Annual report of the Imperial Bacteriologist
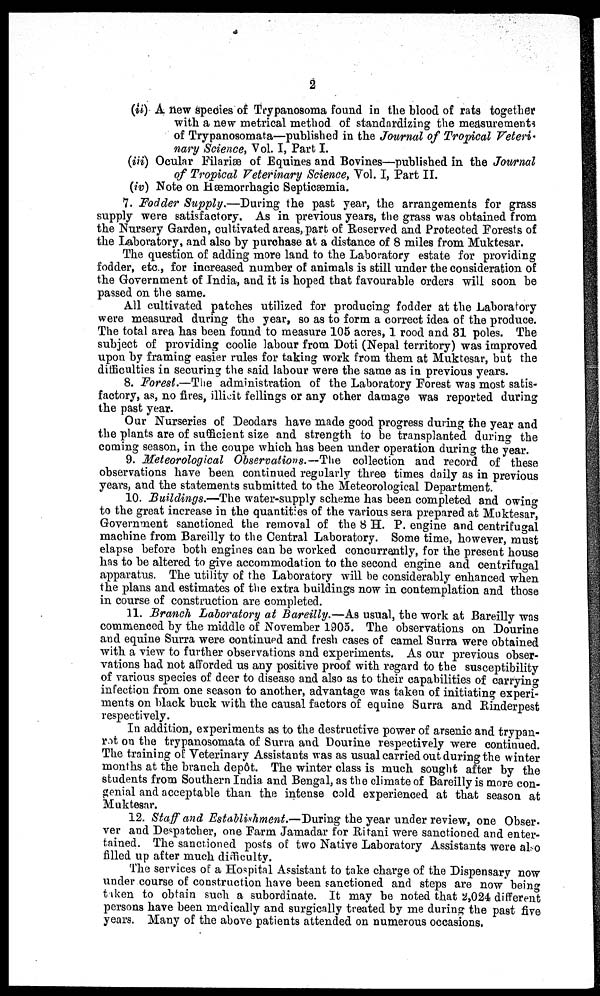
2
(ii) A new species of Trypanosoma found in the blood of rats together
with a new metrical method of standardizing the measurements
of Trypanosomata—published in the Journal of Tropical Veteri.
nary Science, Vol. I, Part I.
(iii) Ocular Filariæ of Equines and Bovines—published in the Journal
of Tropical Veterinary Science, Vol. I, Part II.
(iv) Note on Hæmorrhagic Septicæmia.
7. Fodder Supply.—During the past year, the arrangements for grass
supply were satisfactory. As in previous years, the grass was obtained from
the Nursery Garden, cultivated areas, part of Reserved and Protected Forests of
the Laboratory, and also by purchase at a distance of 8 miles from Muktesar.
The question of adding more land to the Laboratory estate for providing
fodder, etc., for increased number of animals is still under the consideration of
the Government of India, and it is hoped that favourable orders will soon be
passed on the same.
All cultivated patches utilized for producing fodder at the Laboratory
were measured during the year, so as to form a correct idea of the produce.
The total area has been found to measure 105 acres, 1 rood and 31 poles. The
subject of providing coolie labour from Doti (Nepal territory) was improved
upon by framing easier rules for taking work from them at Muktesar, but the
difficulties in securing the said labour were the same as in previous years.
8. Forest.—The administration of the Laboratory Forest was most satis-
factory, as, no fires, illicit fellings or any other damage was reported during
the past year.
Our Nurseries of Deodars have made good progress during the year and
the plants are of sufficient size and strength to be transplanted during the
coming season, in the coupe which has been under operation during the year.
9. Meteorological Observations.—The collection and record of these
observations have been continued regularly three times daily as in previous
years, and the statements submitted to the Meteorological Department.
10. Buildings.—The water-supply scheme has been completed and owing
to the great increase in the quantities of the various sera prepared at Muktesar,
Government sanctioned the removal of the 8 H. P. engine and centrifugal
machine from Bareilly to the Central Laboratory. Some time, however, must
elapse before both engines can be worked concurrently, for the present house
has to be altered to give accommodation to the second engine and centrifugal
apparatus. The utility of the Laboratory will be considerably enhanced when
the plans and estimates of the extra buildings now in contemplation and those
in course of construction are completed.
11. Branch Laboratory at Bareilly.—As usual, the work at Bareilly was
commenced by the middle of November 1905. The observations on Dourine
and equine Surra were continued and fresh cases of camel Surra were obtained
with a view to further observations and experiments. As our previous obser-
vations had not afforded us any positive proof with regard to the susceptibility
of various species of deer to disease and also as to their capabilities of carrying
infection from one season to another, advantage was taken of initiating experi-
ments on black buck with the causal factors of equine Surra and Rinderpest
respectively.
In addition, experiments as to the destructive power of arsenic and trypan-
rot on the trypanosomata of Surra and Dourine respectively were continued.
The training of Veterinary Assistants was as usual carried out during the winter
months at the branch depôt. The winter class is much sought after by the
students from Southern India and Bengal, as the climate of Bareilly is more con-
genial and acceptable than the intense cold experienced at that season at
Muktesar.
12. Staff and Establishment.—During the year under review, one Obser.
ver and Despatcher, one Farm Jamadar for Ritani were sanctioned and enter-
tained. The sanctioned posts of two Native Laboratory Assistants were also
filled up after much difficulty.
The services of a Hospital Assistant to take charge of the Dispensary now
under course of construction have been sanctioned and steps are now being
taken to obtain such a subordinate. It may be noted that 2,024 different
persons have been medically and surgically treated by me during the past five
years. Many of the above patients attended on numerous occasions.